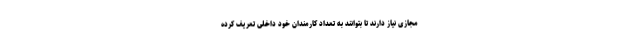
مجازی نیاز دارند تا بتوانند به تعداد کارمندان خود داخلی تعریف کرده